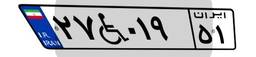
۲۷W۰۱۹۵۱